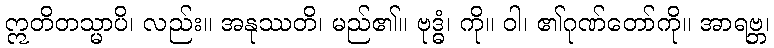
ဣတိတသ္မာပိ၊ လည်း။ အနုဿတိ၊ မည်၏။ ဗုဒ္ဓံ၊ ကို။ ဝါ၊ ၏ဂုဏ်တော်ကို။ အာရဗ္ဘ၊